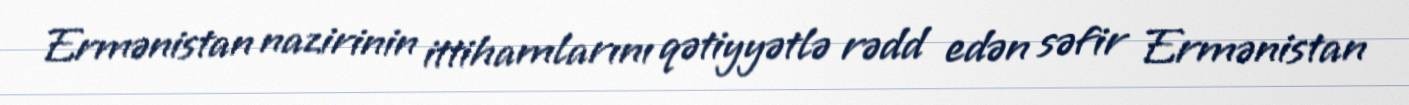
Ermənistan nazirinin ittihamlarını qətiyyətlə rədd edən səfir Ermənistan